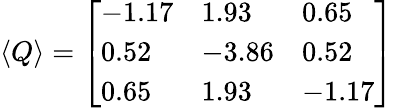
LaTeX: \begin{array}{r}{\langle Q\rangle=\left[\begin{array}{lll}{-1.17}&{1.93}&{0.65}\\ {0.52}&{-3.86}&{0.52}\\ {0.65}&{1.93}&{-1.17}\end{array}\right]}\end{array}